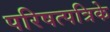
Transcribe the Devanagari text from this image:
परिषत्पत्रिके